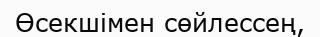
Өсекшімен сөйлессең,